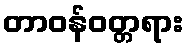
တာဝန်ဝတ္တရား